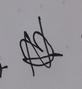
Signature authenticity: forged